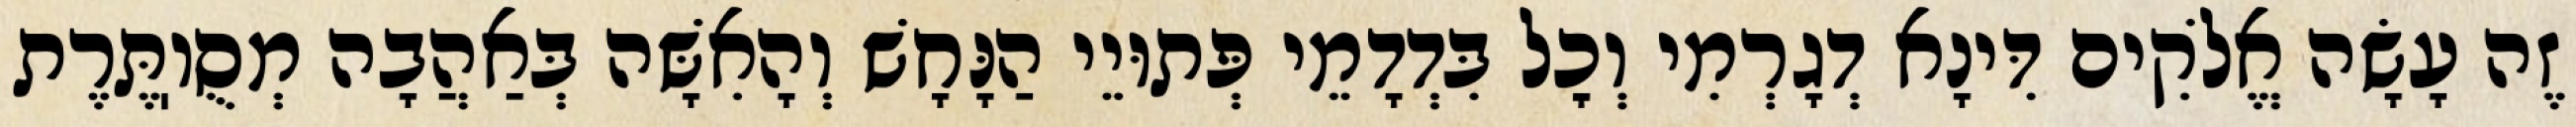
זֶה עָשָׂה אֱלֹקִים דִּינָא דְגָרְמִי וְכׇל בִּדְדָמֵי פְּתוּיֵי הַנָּחָשׁ וְהָאִשָּׁה בְּאַהֲבָה מְסֻוֽתֶּרֶת